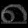
Digit: ၈